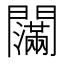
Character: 𰿤